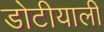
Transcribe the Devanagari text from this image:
डोटीयाली